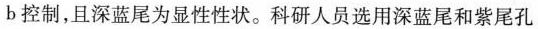
b控制，且深蓝尾为显性性状。科研人员选用深蓝尾和紫尾孔